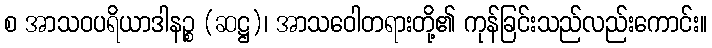
စ အာသဝပရိယာဒါနဉ္စ (ဆဋ္ဌ)၊ အာသဝေါတရားတို့၏ ကုန်ခြင်းသည်လည်းကောင်း။